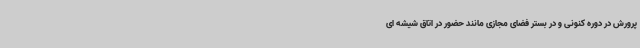
پرورش در دوره کنونی و در بستر فضای مجازی مانند حضور در اتاق شیشه ای